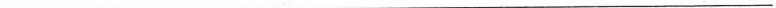
___